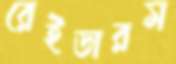
রেইডারস